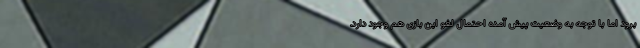
برود اما با توجه به وضعیت پیش آمده احتمال لغو این بازی هم وجود دارد.